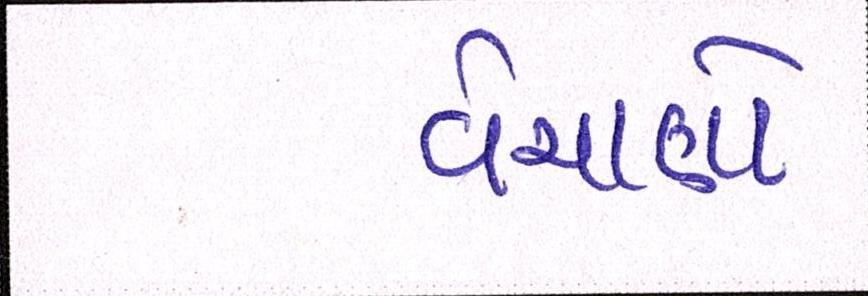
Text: વેચાણો